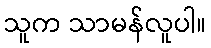
သူက သာမန်လူပါ။